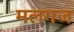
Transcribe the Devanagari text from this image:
मलगज